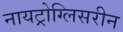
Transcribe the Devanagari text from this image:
नायट्रोग्लिसरीन